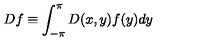
D f \equiv \int _ { - \pi } ^ { \pi } D ( x , y ) f ( y ) d y